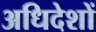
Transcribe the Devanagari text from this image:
अधिदेशों